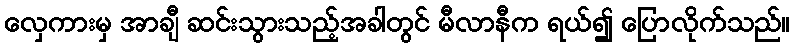
လှေကားမှ အာချီ ဆင်းသွားသည့်အခါတွင် မီလာနီက ရယ်၍ ပြောလိုက်သည်။